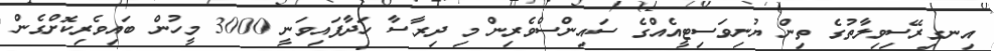
އިނގިރޭސިވިލާތުގެ ތިން ޔުނިވަސިޓީއެއްގެ ސައިންސްވެރިން މި ދިރާސާ ހަދާފައިވަނީ 3000 މީހުން ބައިވެރިކޮށްގެން